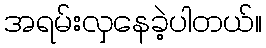
အရမ်းလှနေခဲ့ပါတယ်။